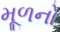
મૂળનો